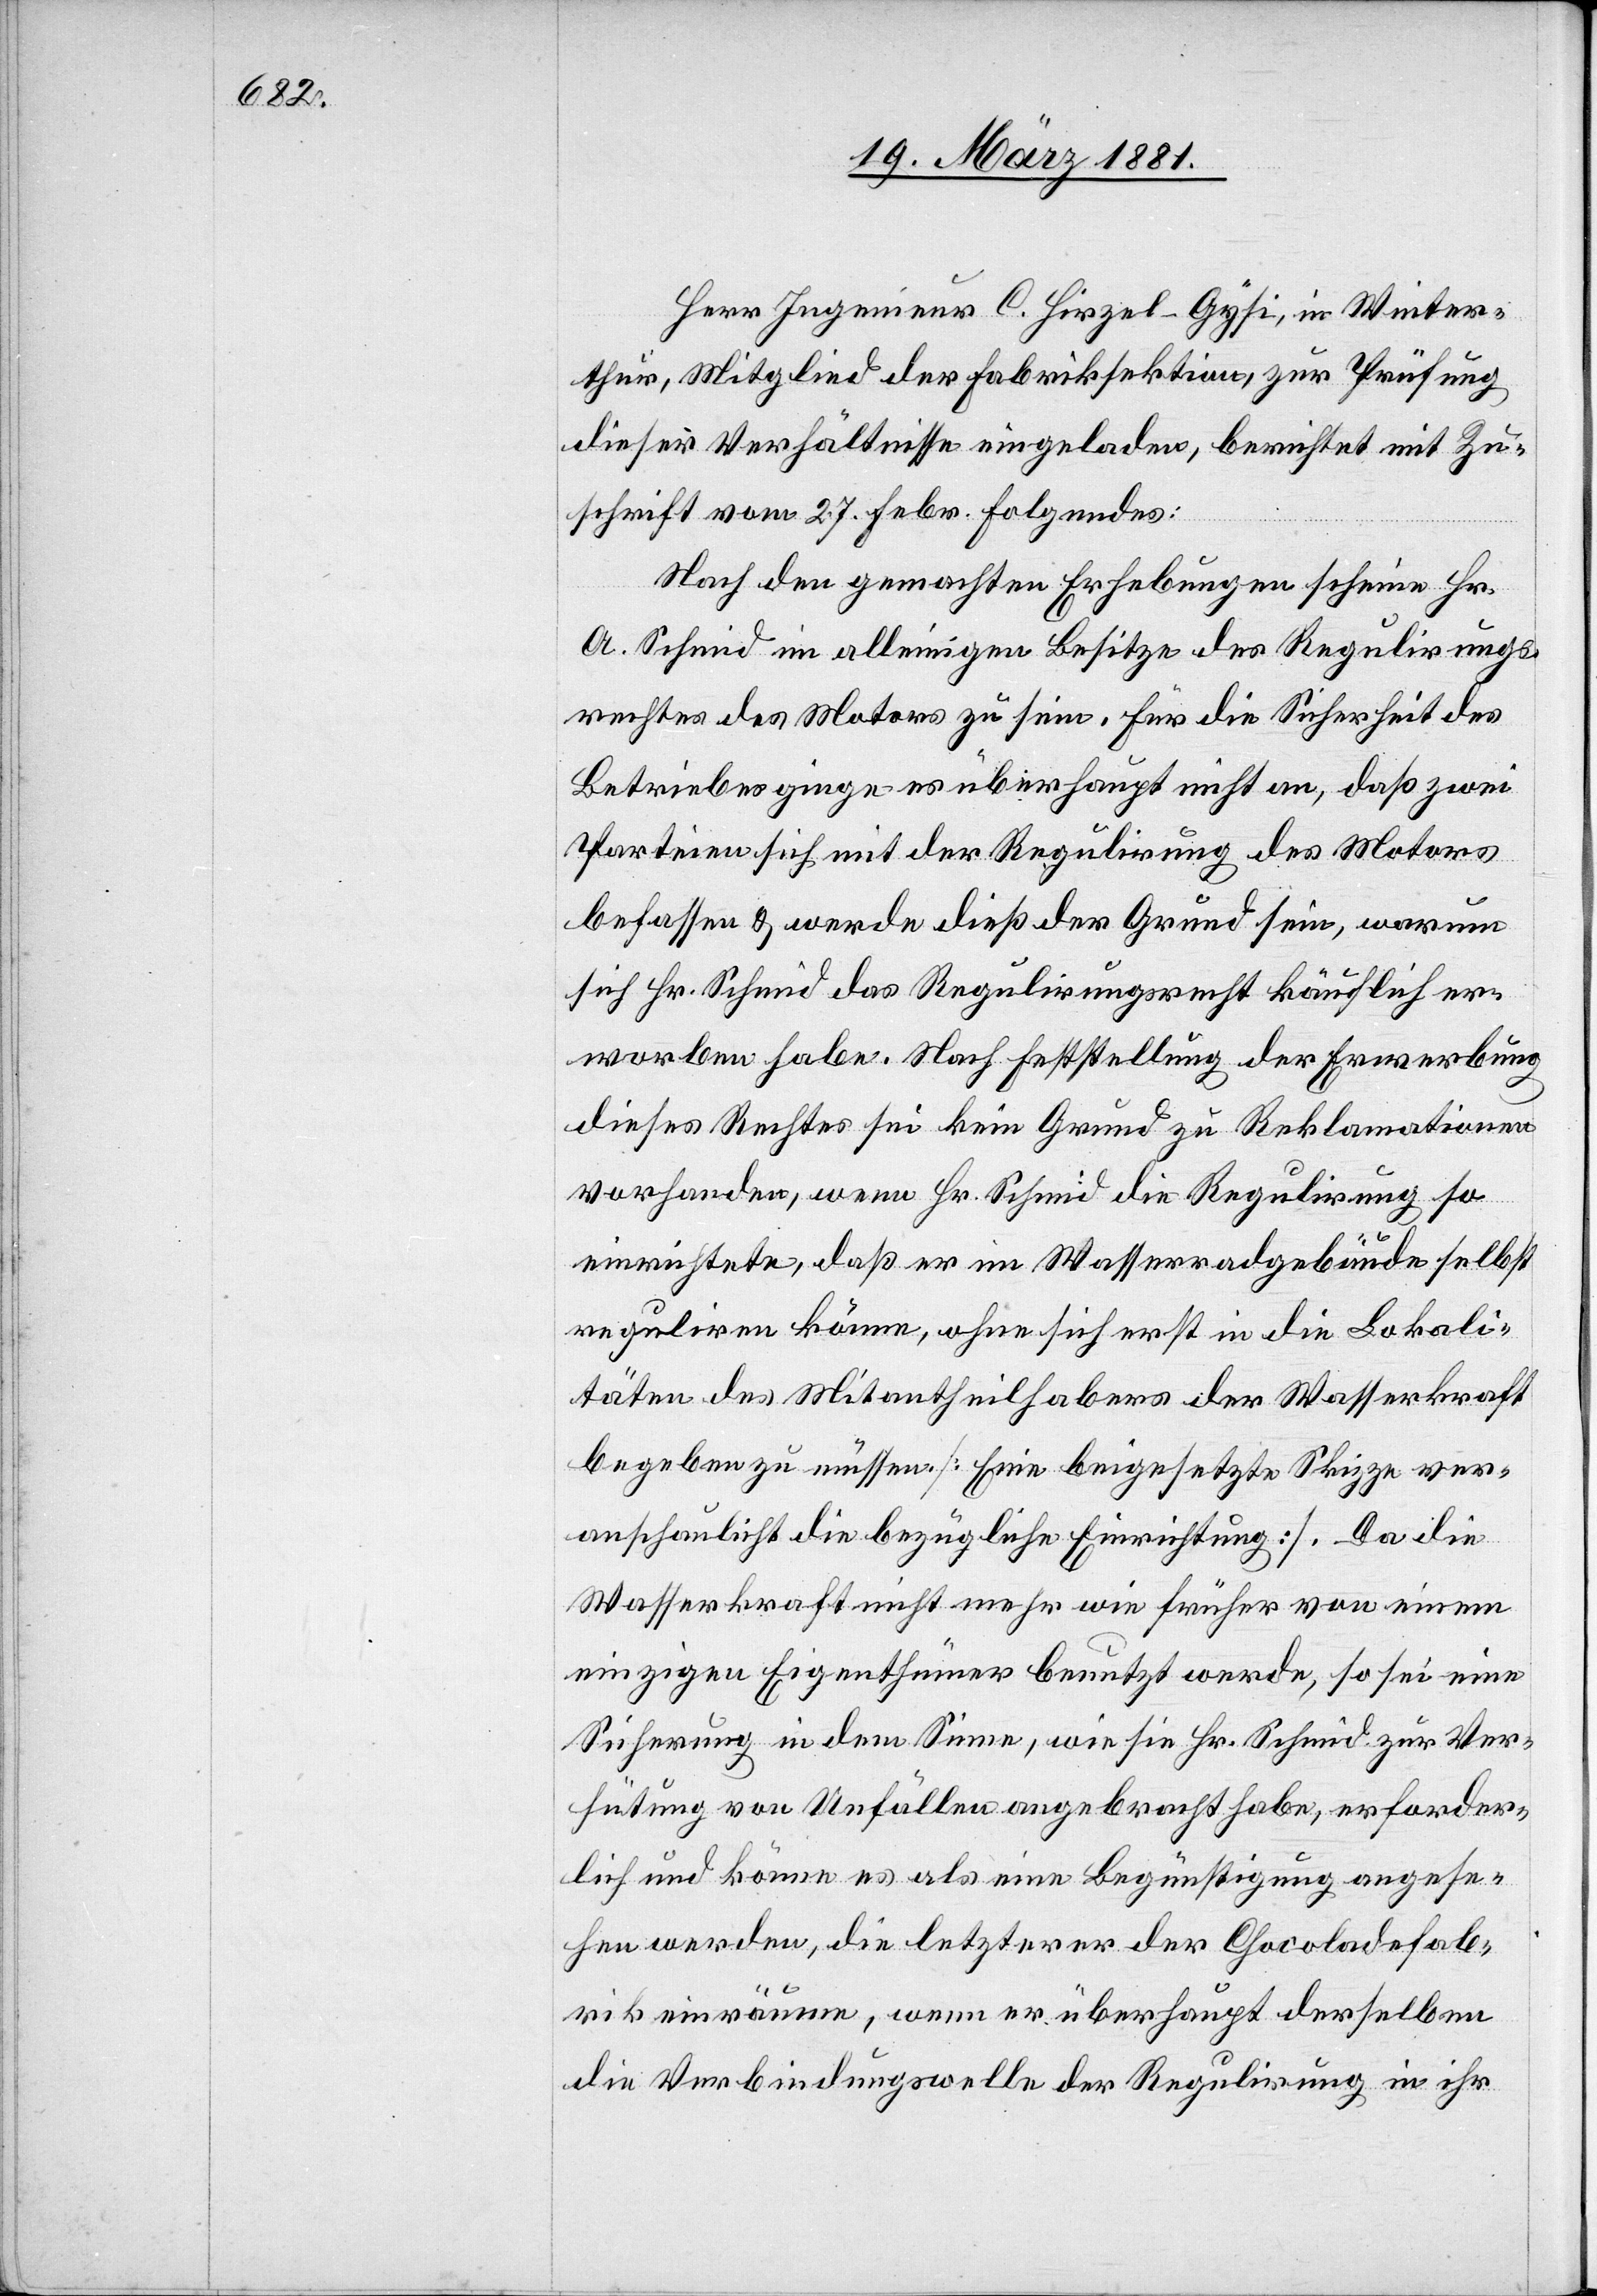
Herr Ingenieur C. Hirzel-Gysi, in Winter¬
thur, Mitglied der Fabrikinspektion, zur Prüfung
dieser Verhältnisse eingeladen, berichtet mit Zu¬
schrift vom 27. Febr. Folgendes:
Nach den gemachten Erhebungen scheine Hr.
A. Schmid im alleinigen Besitze des Regulirungs¬
rechtes des Motors zu sein. Für die Sicherheit des
Betriebes ginge es überhaupt nicht an, daß zwei
Parteien sich mit der Regulirung des Motors
befassen & werde dieß der Grund sein, warum
sich Hr. Schmid das Regulirungsrecht käuflich er¬
worben habe. Nach Feststellung der Erwerbung
dieses Rechtes sei kein Grund zu Reklamationen
vorhanden, wenn Hr. Schmid die Regulirung so
einrichtete, daß er im Wasserradgebäude selbst
reguliren könne, ohne sich erst in die Lokali¬
täten des Mitantheilhabers der Wasserkraft
begeben zu müssen. [Eine beigesetzte Skizze ver¬
anschaulicht die bezügliche Einrichtung]. Da die
Wasserkraft nicht mehr wie früher von einem
einzigen Eigenthümer benutzt werde, so sei eine
Sicherung in dem Sinne, wie sie Hr. Schmid zur Ver¬
hütung von Unfällen angebracht habe, erforder¬
lich und könne es als eine Begünstigung angese¬
hen werden, die letzterer der Chocoladefab¬
rik einräume, wenn er überhaupt derselben
die Verbindungswelle der Regulirung in ihr